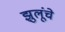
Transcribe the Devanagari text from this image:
झुलूंचे